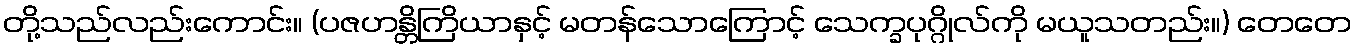
တို့သည်လည်းကောင်း။ (ပဇဟန္တိကြိယာနှင့် မတန်သောကြောင့် သေက္ခပုဂ္ဂိုလ်ကို မယူသတည်း။) တေတေ